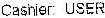
CASHIER: USER